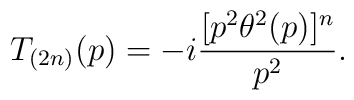
T_{(2n)}(p)=-i\frac{[p^2\theta^2(p)]^n}{p^2}.